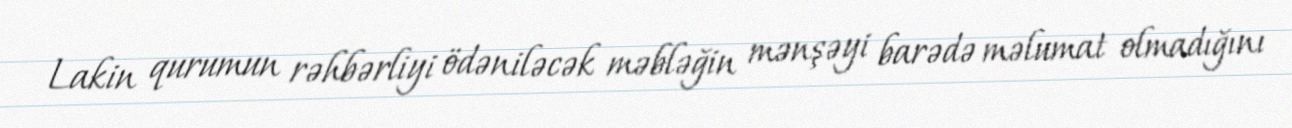
Lakin qurumun rəhbərliyi ödəniləcək məbləğin mənşəyi barədə məlumat olmadığını